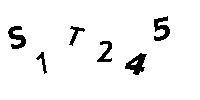
S1T245